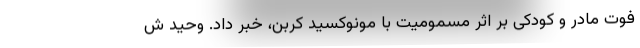
فوت مادر و کودکی بر اثر مسمومیت با مونوکسید کربن، خبر داد. وحید ش